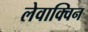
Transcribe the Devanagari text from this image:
लेवाक्विन